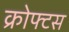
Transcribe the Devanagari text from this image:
क्रोफ्टस